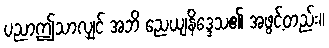
ပညာဤသာလျှင် အဘိ ညေယျနိဒ္ဒေသ၏ အဖွင့်တည်း။